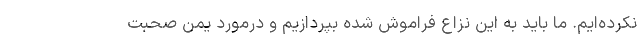
نکرده‌ایم. ما باید به این نزاع فراموش شده بپردازیم و درمورد یمن صحبت